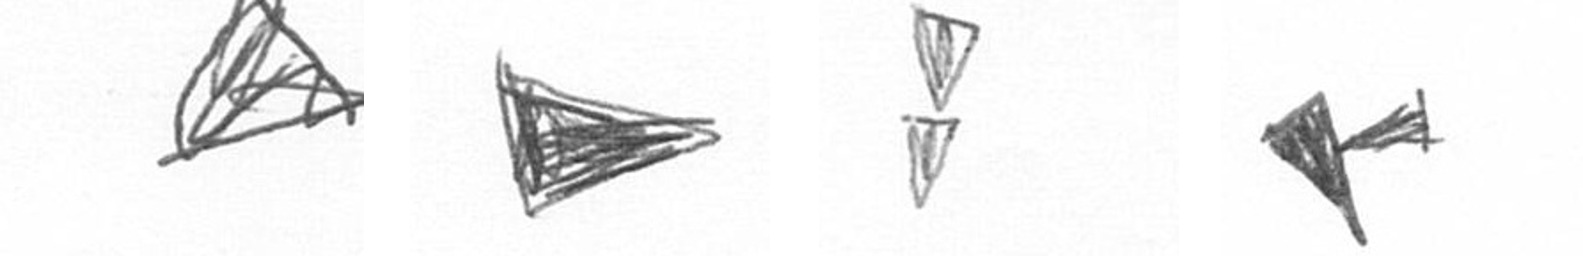
O T Z F